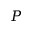
P